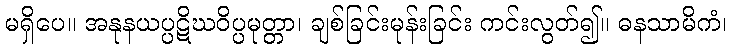
မရှိပေ။ အနုနယပ္ပဋိဃဝိပ္ပမုတ္တာ၊ ချစ်ခြင်းမုန်းခြင်း ကင်းလွတ်၍။ ဓနသာမိကံ၊